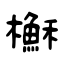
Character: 櫯